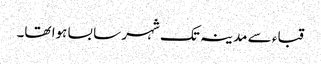
قباء سے مدینہ تک شہر سا بسا ہوا تھا۔